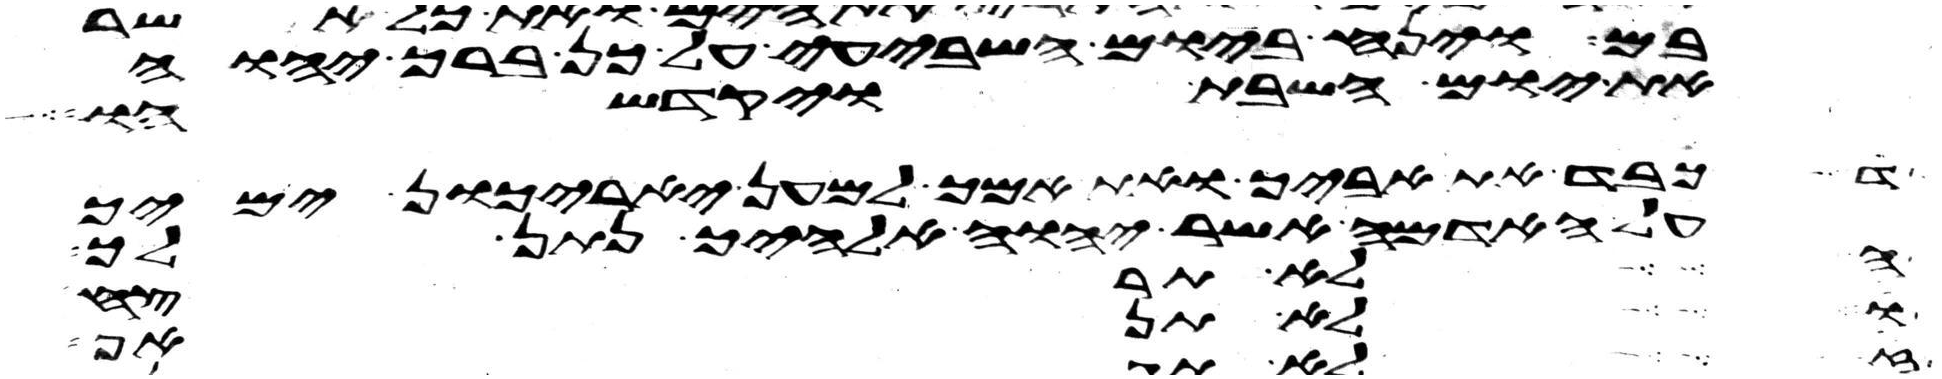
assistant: בם וינח ביום השביעי על כן ברך יהוה
את יום השבת ויקדשהו
כבד את אביך ואת אמך למען יארכון ימיך
לא תרצח
על האדמה אשר יהוה אלהיך נתן לך
ולא תשא